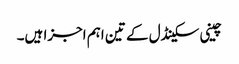
چینی سکینڈل کے تین اہم اجزا ہیں۔